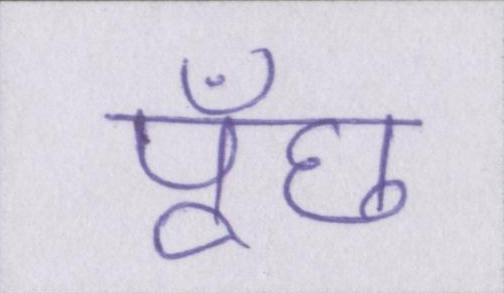
पूँछ